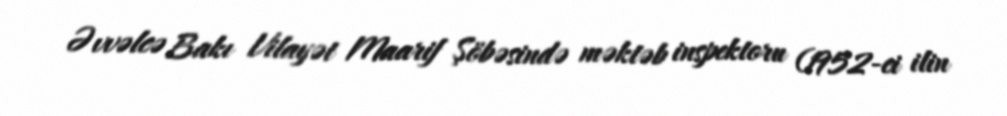
Əvvəlcə Bakı Vilayət Maarif Şöbəsində məktəb inspektoru (1952-ci ilin